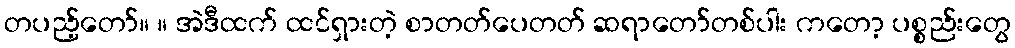
တပည့်တော်။ ။ အဲဒီထက် ထင်ရှားတဲ့ စာတတ်ပေတတ် ဆရာတော်တစ်ပါး ကတော့ ပစ္စည်းတွေ